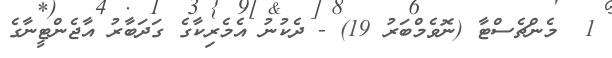
1  މެންޗެސްޓާ (ނޮވެމްބަރު 19) - ދެކުނު އެމެރިކާގެ ގަދަބާރު އާޖެންޓީނާގެ